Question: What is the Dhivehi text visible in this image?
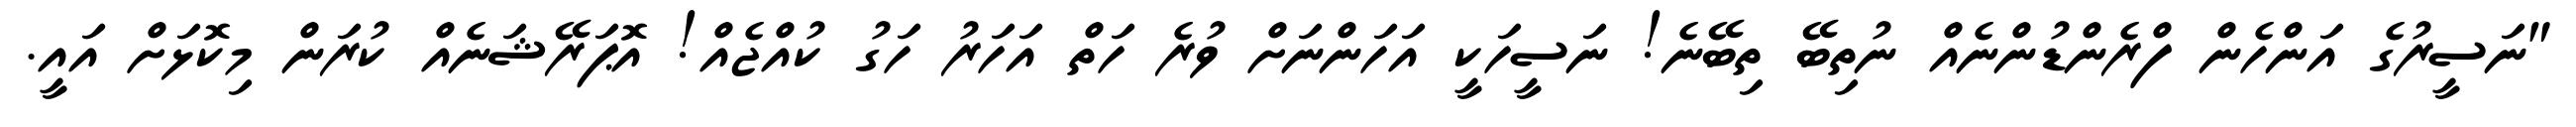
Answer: "ނަސީރުގެ އަންހެން ފްރެންޑުންނެއް ނުތިބޭ ތިބޭނެ! ނަސީހަކީ އަހަންނަށް ވުރެ ހަތް އަހަރު ހަގު ކުއްޖެއް! އޮޕަރޭޝަނެއް ކުރަން މިކޮޅަށް އައީ.